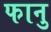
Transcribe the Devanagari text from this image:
फानु